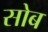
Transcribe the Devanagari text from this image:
सोब